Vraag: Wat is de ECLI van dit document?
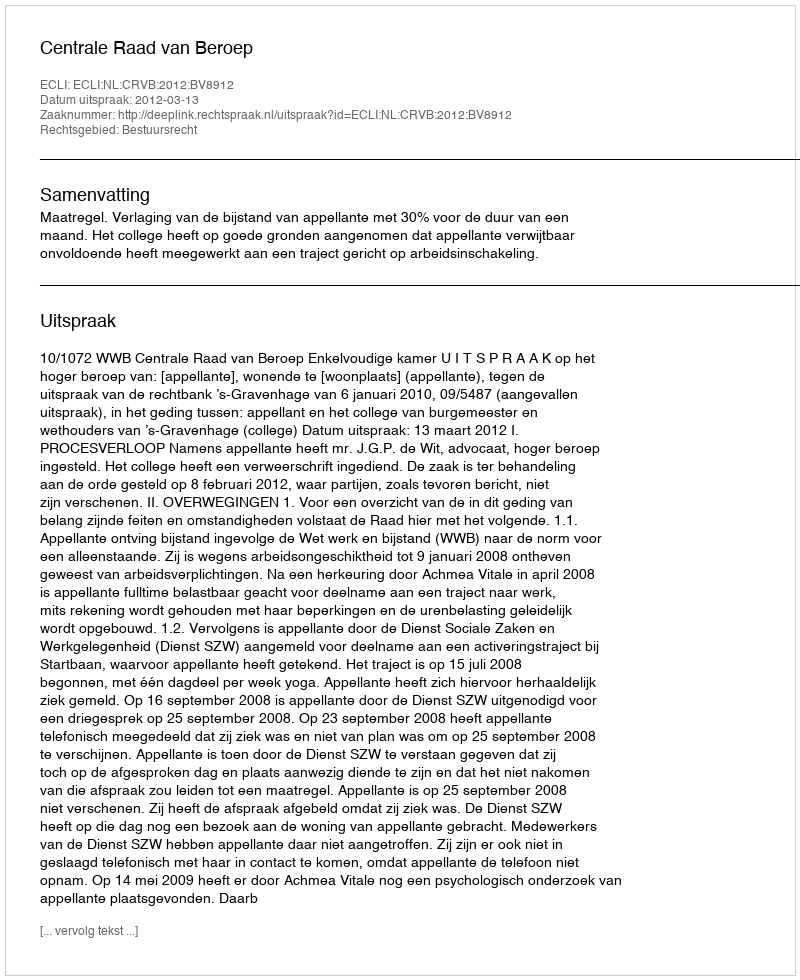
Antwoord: ECLI:NL:CRVB:2012:BV8912